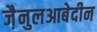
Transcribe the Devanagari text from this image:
जै़नुलआबेदीन